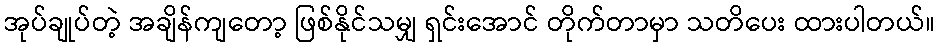
အုပ်ချုပ်တဲ့ အချိန်ကျတော့ ဖြစ်နိုင်သမျှ ရှင်းအောင် တိုက်တာမှာ သတိပေး ထားပါတယ်။